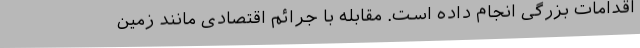
اقدامات بزرگی انجام داده است. مقابله با جرائم اقتصادی مانند زمین‌